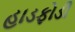
હાડફોડી